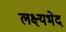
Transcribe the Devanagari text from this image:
लक्ष्यभेद